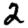
Digit: 2